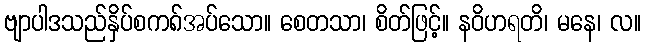
ဗျာပါဒသည်နှိပ်စက၈်အပ်သော။ စေတသာ၊ စိတ်ဖြင့်။ နဝိဟရတိ၊ မနေ၊ လ။